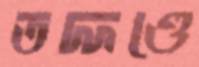
তদ্দণ্ডে